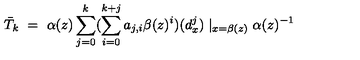
\bar { T } _ { k } \ = \ \alpha ( z ) \sum _ { j = 0 } ^ { k } ( \sum _ { i = 0 } ^ { k + j } a _ { j , i } \beta ( z ) ^ { i } ) ( d _ { x } ^ { j } ) \mid _ { x = \beta ( z ) } \alpha ( z ) ^ { - 1 }